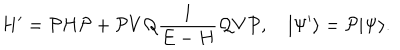
H ^ { \prime } = { \cal P } H { \cal P } + { \cal P } V { \cal Q } \frac { 1 } { E - H } { \cal Q } V { \cal P } , \quad | \Psi ^ { \prime } \rangle = { \cal P } | \Psi \rangle .